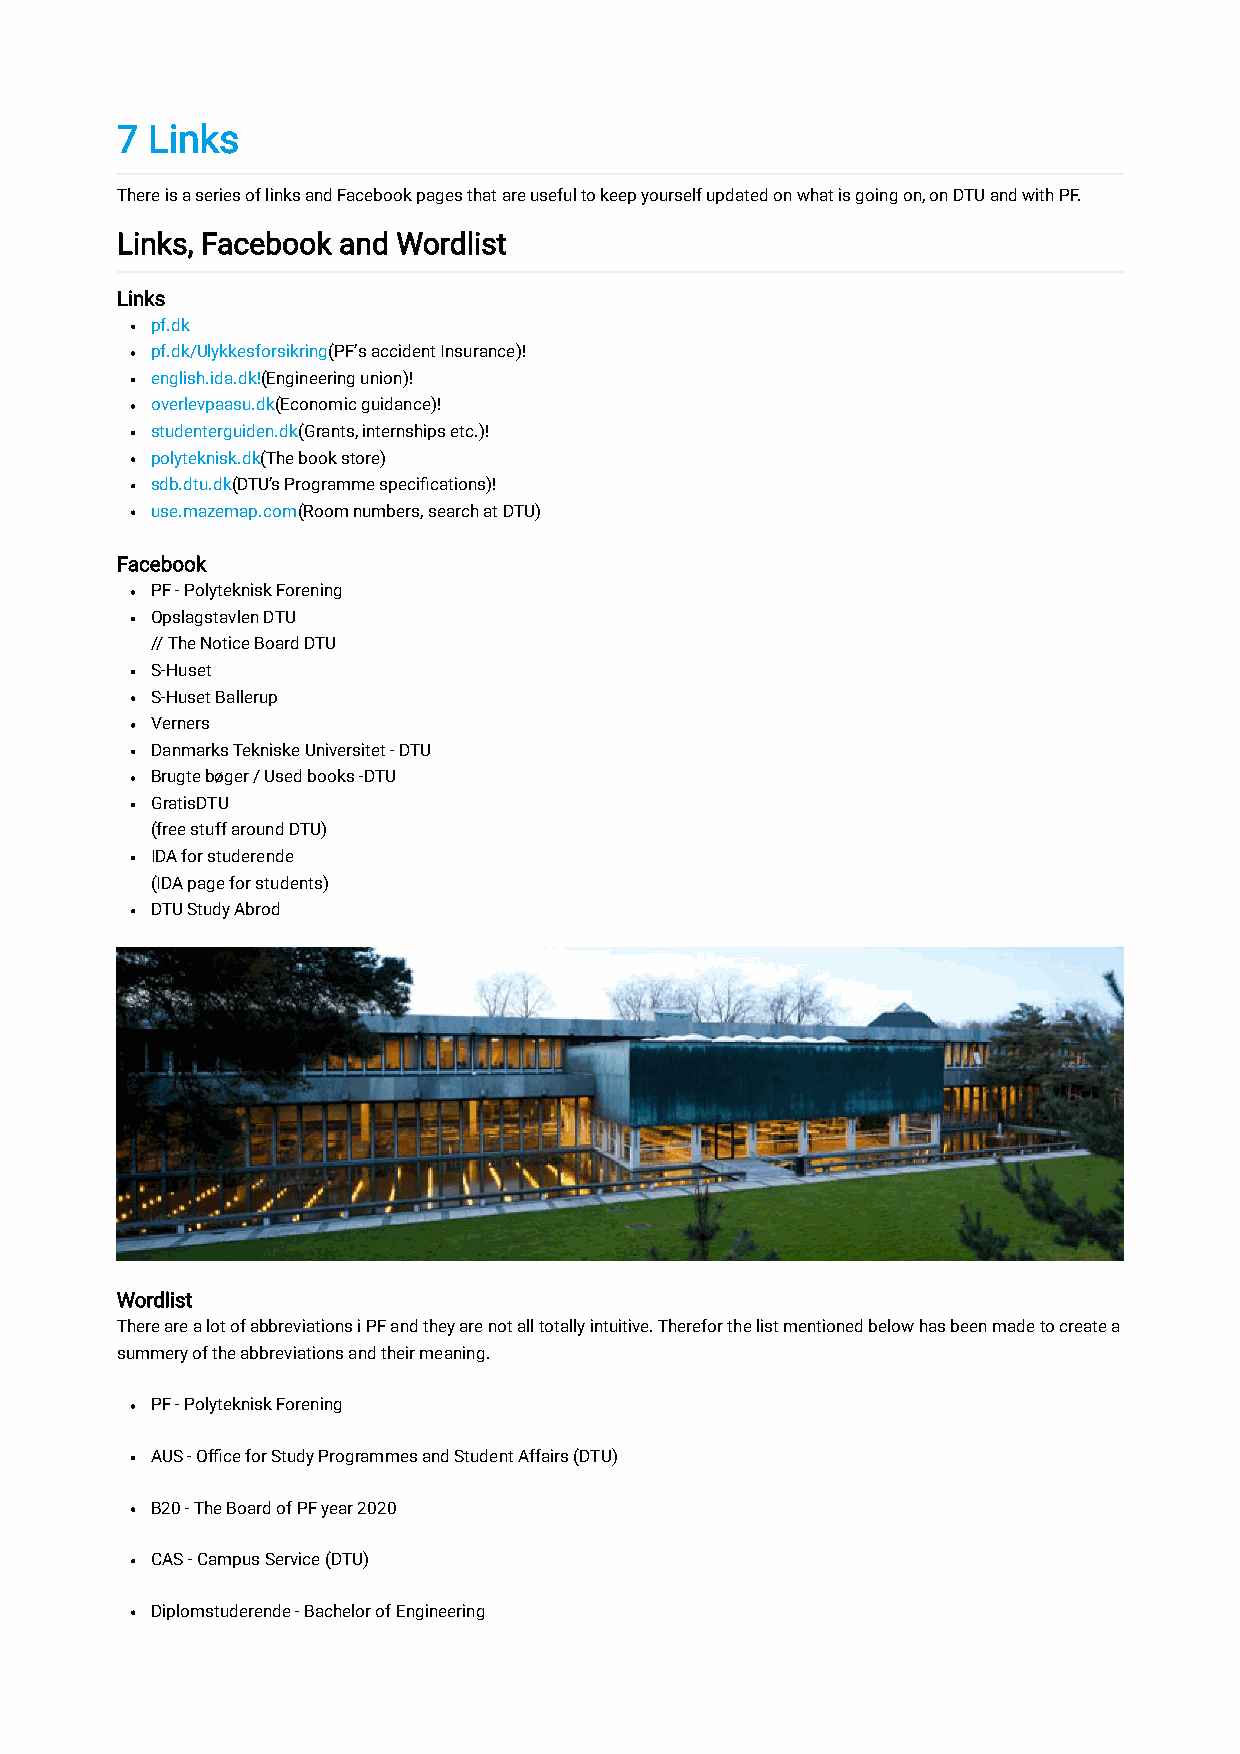
7 Links
 There is a series of links and Facebook pages that are useful to keep yourself updated on what is going on, on DTU and with PF.
 Links, Facebook and Wordlist
 Links
 pf.dk
 pf.dk/Ulykkesforsikring(PF’s accident Insurance)!
 english.ida.dk!(Engineering union)!
 overlevpaasu.dk(Economic guidance)!
 studenterguiden.dk(Grants, internships etc.)!
 polyteknisk.dk(The book store)
 sdb.dtu.dk(DTU’s Programme specifications)!
 use.mazemap.com(Room numbers, search at DTU)
 Facebook
 PF - Polyteknisk Forening
 Opslagstavlen DTU
 // The Notice Board DTU
 S-Huset
 S-Huset Ballerup
 Verners
 Danmarks Tekniske Universitet - DTU
 Brugte bøger / Used books -DTU
 GratisDTU
 (free stuff around DTU)
 IDA for studerende
 (IDA page for students)
 DTU Study Abrod
 Wordlist
 There are a lot of abbreviations i PF and they are not all totally intuitive. Therefor the list mentioned below has been made to create a
 summery of the abbreviations and their meaning.
 PF - Polyteknisk Forening
 AUS - Office for Study Programmes and Student Affairs (DTU)
 B20 - The Board of PF year 2020
 CAS - Campus Service (DTU)
 Diplomstuderende - Bachelor of Engineering